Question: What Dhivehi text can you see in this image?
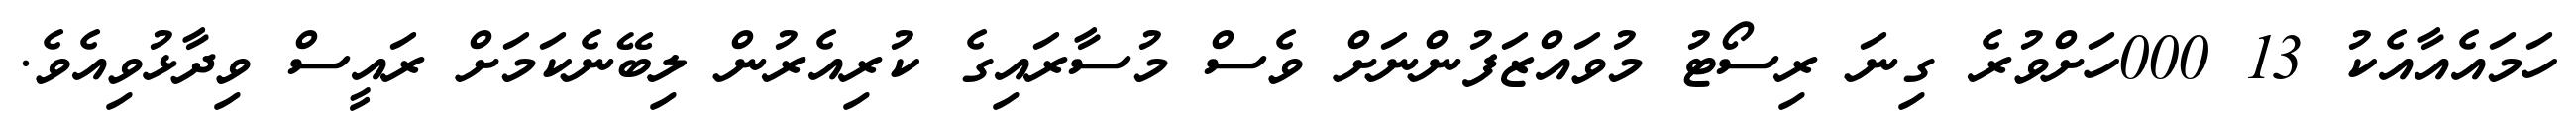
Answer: ހަމައެއާއެކު 13 000ހަށްވުރެ ގިނަ ރިސޯޓު މުވައްޒަފުންނަށް ވެސް މުސާރައިގެ ކުރިއެރުން ލިބޭނެކަމަށް ރައީސް ވިދާޅުވިއެވެ.